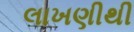
લાખણીથી